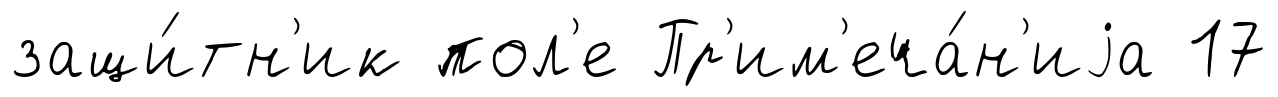
защи́тн'ик пол'е Пр'им'еча́н'иjа 17